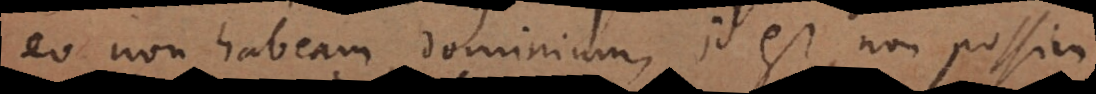
eo non habeam dominium, id est, non possim